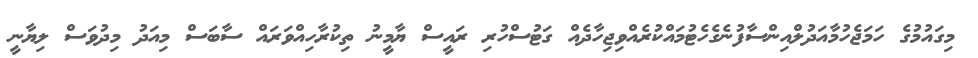
މިގައުމުގެ ހަމަޖެހުމާއަދުލްއިންސާފުނެގެހެޓުމައްކުރެއްވިޖިހާދެއް ގަޓުސްހުރި ރައީސް ޔާމީނު ތިކުރާހިއްވަރައް ސާބަސް މިއަދު މިދުވަސް ލިޔާނީ